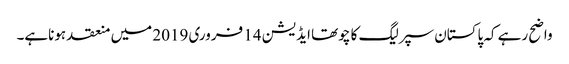
واضح رہے کہ پاکستان سپرلیگ کا چوتھا ایڈیشن 14 فروری 2019 میں منعقد ہوناہے۔